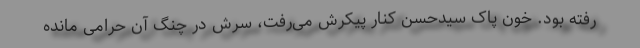
رفته بود. خون پاک سیدحسن کنار پیکرش می‌رفت، سرش در چنگ آن حرامی مانده